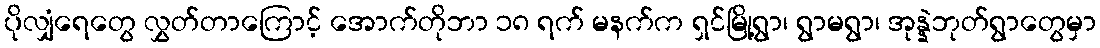
ပိုလျှံရေတွေ လွှတ်တာကြောင့် အောက်တိုဘာ ၁၈ ရက် မနက်က ရှင်မြို့ရွာ၊ ရွာမရွာ၊ အုန္နဲဘုတ်ရွာတွေမှာ